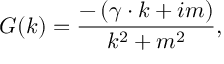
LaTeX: G ( k ) = \frac { - \left( \gamma \cdot k + i m \right) } { k ^ { 2 } + m ^ { 2 } } ,